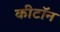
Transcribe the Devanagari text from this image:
कीटॉन